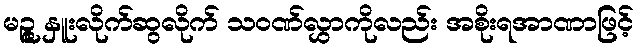
မဉ္ဇူ နှူးလိုက်ဆွလိုက် သဝဏ်လွှာကိုလည်း အစိုးရအာဏာဖြင့်